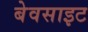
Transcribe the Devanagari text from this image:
बेवसाइट